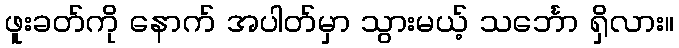
ဖူးခတ်ကို နောက် အပါတ်မှာ သွားမယ့် သင်္ဘော ရှိလား။